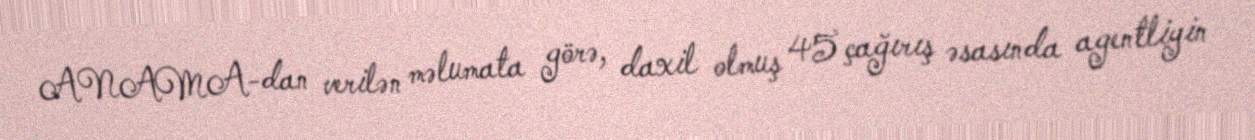
ANAMA-dan verilən məlumata görə, daxil olmuş 45 çağırış əsasında agentliyin